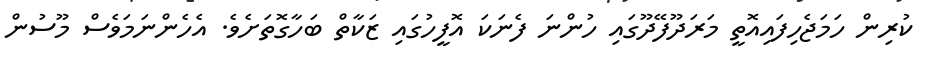
ކުރިން ހަމަޖެހިފައިއޮތީ މަރަދޫފޭދޫގައި ހުންނަ ފެނަކަ އޮފީހުގައި ޒަކާތް ބަހާގޮތަށެވެ. އެހެންނަމަވެސް މޫސުން